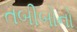
તબીબોનો